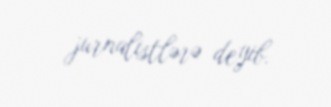
jurnalistlərə deyib.